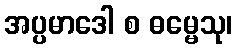
အပ္ပမာဒေါ စ ဓမ္မေသု၊